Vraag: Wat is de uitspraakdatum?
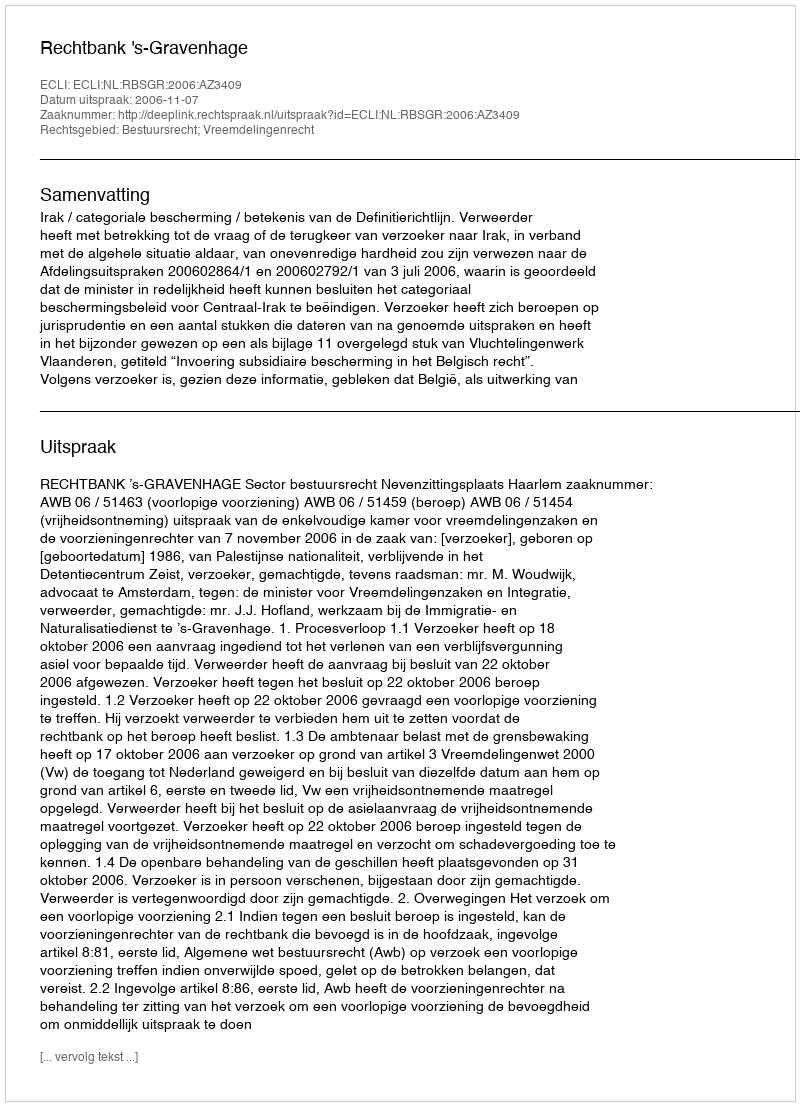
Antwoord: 2006-11-07